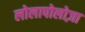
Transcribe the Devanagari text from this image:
लोलापोलोज़ा